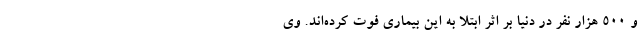
و ۵۰۰ هزار نفر در دنیا بر اثر ابتلا به این بیماری فوت کرده‌اند. وی